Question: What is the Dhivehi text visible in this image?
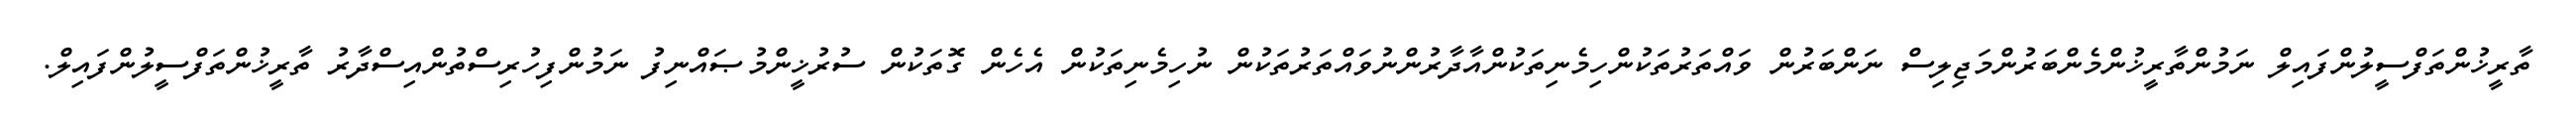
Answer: ތާރީޚުންތަފްސީލުންފައިލް ނަމުންތާރީޚުންމެންބަރުންމަޖިލިސް ނަންބަރުން ވައްތަރުތަކުންހިމެނިތަކުންއާދާރުންނުވައްތަރުތަކުން ނުހިމެނިތަކުން އެހެން ގޮތަކުން ސުރުޚީންމުޞައްނިފު ނަމުންފިހުރިސްތުންއިސްދާރު ތާރީޚުންތަފްސީލުންފައިލް.